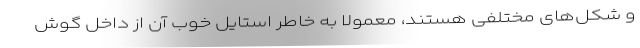
و شکل‌های مختلفی هستند، معمولا به خاطر استایل خوب آن از داخل گوش